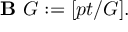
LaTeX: { \textbf { B } } G : = [ p t / G ] .